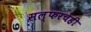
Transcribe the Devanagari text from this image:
सल्फरचेही